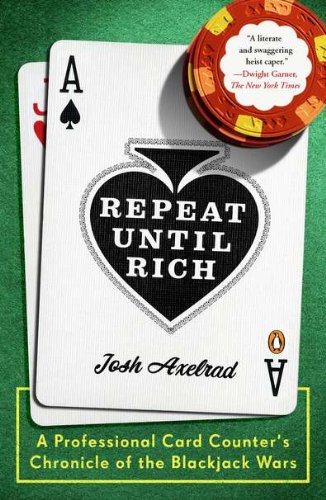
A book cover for Repeat Until Rich: A Professional Card Counter's Chronicle of the Blackjack Wars; Josh Axelrad; Humor & Entertainment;